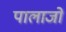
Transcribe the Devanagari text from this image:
पालाजो